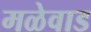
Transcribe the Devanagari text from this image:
मळेवाड